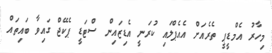
މިހާރު އެމްޑީޕީ ތެރެއަށް އެއެޕްލައި ކުރަނީ އެޑިޒައިން ސްޓަޑީ ޕެކޭޖް ގައިވާ ބައިތައް